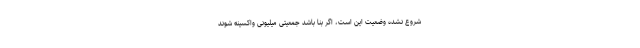
شروع نشده وضعیت این است، اگر بنا باشد جمعیتی میلیونی واکسینه شوند